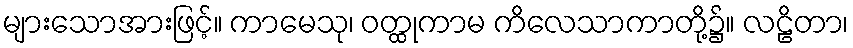
များသောအားဖြင့်။ ကာမေသု၊ ဝတ္ထုကာမ ကိလေသာကာတို့၌။ လဠိတာ၊